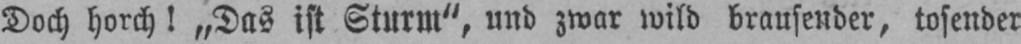
Doch horch! „Das ist Sturm“, und zwar wild brausender, tosender